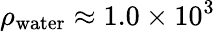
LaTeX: \rho_{\mathrm{water}}\approx 1.0\times 10^{3}